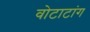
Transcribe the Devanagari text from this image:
वोटाटांग